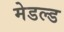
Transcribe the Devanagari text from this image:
मेडल्ड